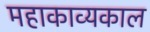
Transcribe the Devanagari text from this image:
महाकाव्‍यकाल